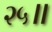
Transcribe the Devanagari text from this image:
२५॥